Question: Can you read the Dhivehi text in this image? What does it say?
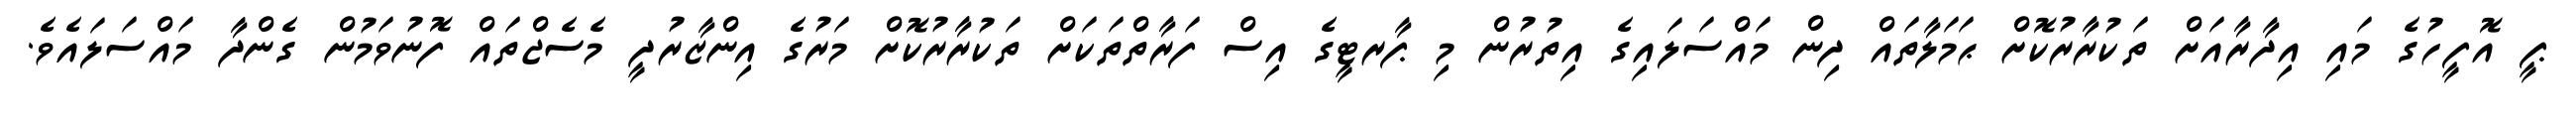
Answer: ޕީ އޮފީހުގެ މައި އިދާރާއަށް ތަކުރާރުކޮށް ޙަމަލާތައް ދިން މައްސަލައިގެ އިތުރުން މި ޕާރޓީގެ އިސް ފަރާތްތަކަށް ތަކުރާރުކޮށް މަރުގެ އިންޒާރުދީ މެސެޖްތައް ފޮނުވަމުން ގެންދާ މައްސަލައެވެ.